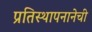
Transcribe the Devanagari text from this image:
प्रतिस्थापनानेची